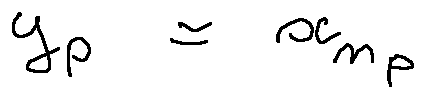
y _ { p } = x _ { n _ { p } }